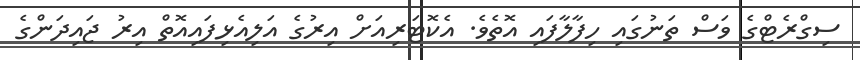
ސިގްރެޓްގެ ވަސް ތަނުގައި ހިފާލާފައި އޮތެވެ. އެކޮޓަރިއަށް އިރުގެ އަލިއެޅިފައިއޮތް އިރު ޖައިދަންގެ